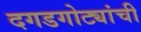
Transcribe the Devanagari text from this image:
दगडगोट्यांची